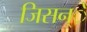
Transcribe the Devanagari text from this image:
जिसन्े